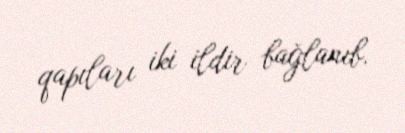
qapıları iki ildir bağlanıb.